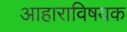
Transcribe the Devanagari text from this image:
आहाराविषयक